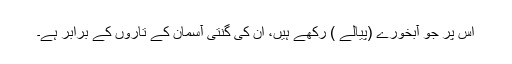
اس پر جو آبخورے (پیالے ) رکھے ہیں، ان کی گنتی آسمان کے تاروں کے برابر ہے۔